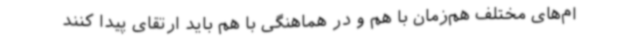
ام‌های مختلف هم‌زمان با هم و در هماهنگی با هم باید ارتقای پیدا کنند